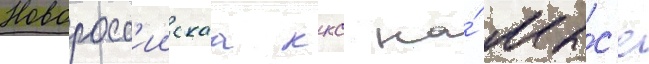
Новоросс'иискаа ккс на́ мы́с'е